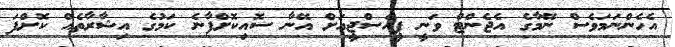
އެހެންނަމަވެސް ނޭމާގެ އެޖެންޓް ވަނީ ޕީއެސްޖީއަށް އޭނާ ސޮއިކޮށްފާނެ ކަމުގެ އިޝާރާތެއް ކޮށްފަ